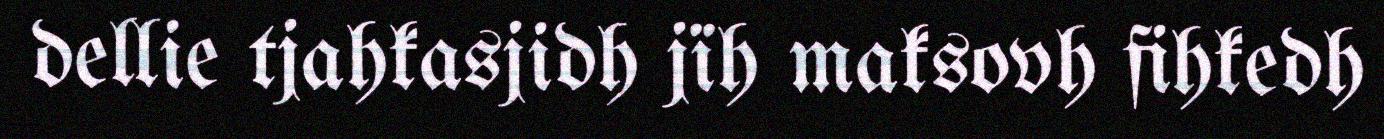
dellie tjahkasjidh jïh maksovh fihkedh